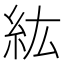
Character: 紘